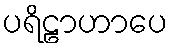
ပရိဠာဟာပေ